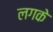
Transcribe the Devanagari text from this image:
लगके